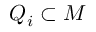
Q _ { i } \subset M